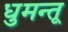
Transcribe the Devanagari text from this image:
धुमन्तू